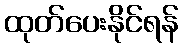
ထုတ်ပေးနိုင်ရန်